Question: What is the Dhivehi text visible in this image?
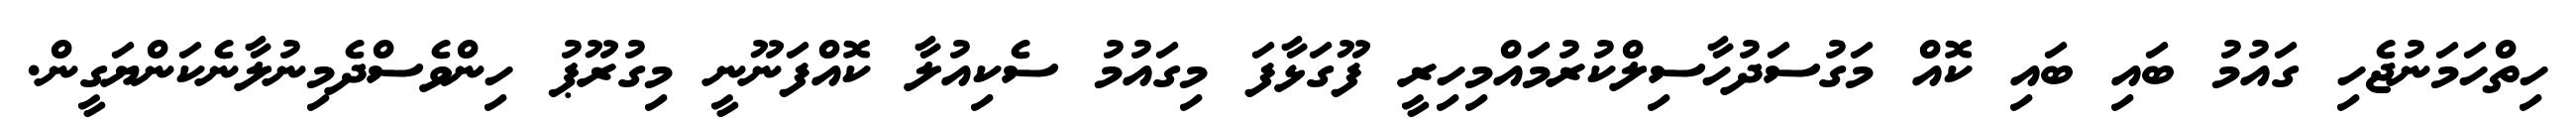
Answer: ހިތްހަމަނުޖެހި ގައުމު ބައި ބައި ކޮއް މަގުސަދުހާސިލްކުރުމައްމިހިރީ ފޫގަޅާފަ މިގައުމު ސެކިއުލާ ކޮއްފަނޫނީ މިގުރޫޕު ހިންވެސްދެމިނުލާނެކަންޔަގީން.